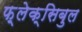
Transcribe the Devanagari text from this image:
फ़्लेक्सिबुल